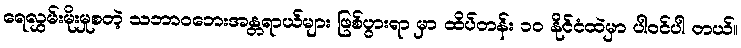
ရေလွှမ်းမိုးမှုစတဲ့ သဘာဝဘေးအန္တရာယ်များ ဖြစ်ပွားရာ မှာ ထိပ်တန်း ၁၀ နိုင်ငံထဲမှာ ပါဝင်ပါ တယ်။